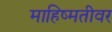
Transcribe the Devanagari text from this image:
माहिष्मतीवर